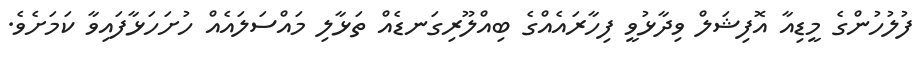
ފުލުހުންގެ މީޑިއާ އޮފިޝަލް ވިދާޅުވީ ފިހާރައެއްގެ ބިއްލޫރިގަނޑެއް ތަޅާލި މައްސަލައެއް ހުށަހަޅާފައިވާ ކަމަށެވެ.